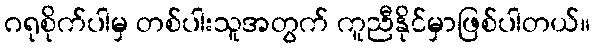
ဂရုစိုက်ပါမှ တစ်ပါးသူအတွက် ကူညီနိုင်မှာဖြစ်ပါတယ်။